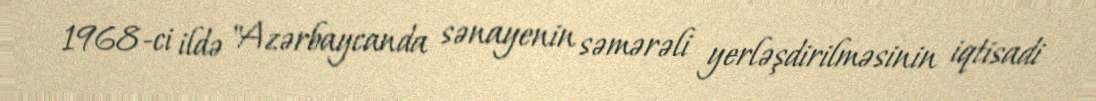
1968-ci ildə "Azərbaycanda sənayenin səmərəli yerləşdirilməsinin iqtisadi